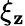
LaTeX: \xi_{\mathbf{z}}